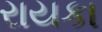
રાયકા